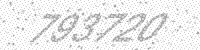
Solution: 793720